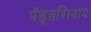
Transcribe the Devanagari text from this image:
पॅड्सशिवाय